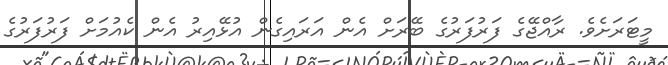
މީޓަރަށެވެ. ރާއްޖޭގެ ފަރުފަރުގެ ބޭރަށް އެން އަރައިގެން އުޅޭއިރު އެން ކެއުމަށް ފަރުފަރުގެ